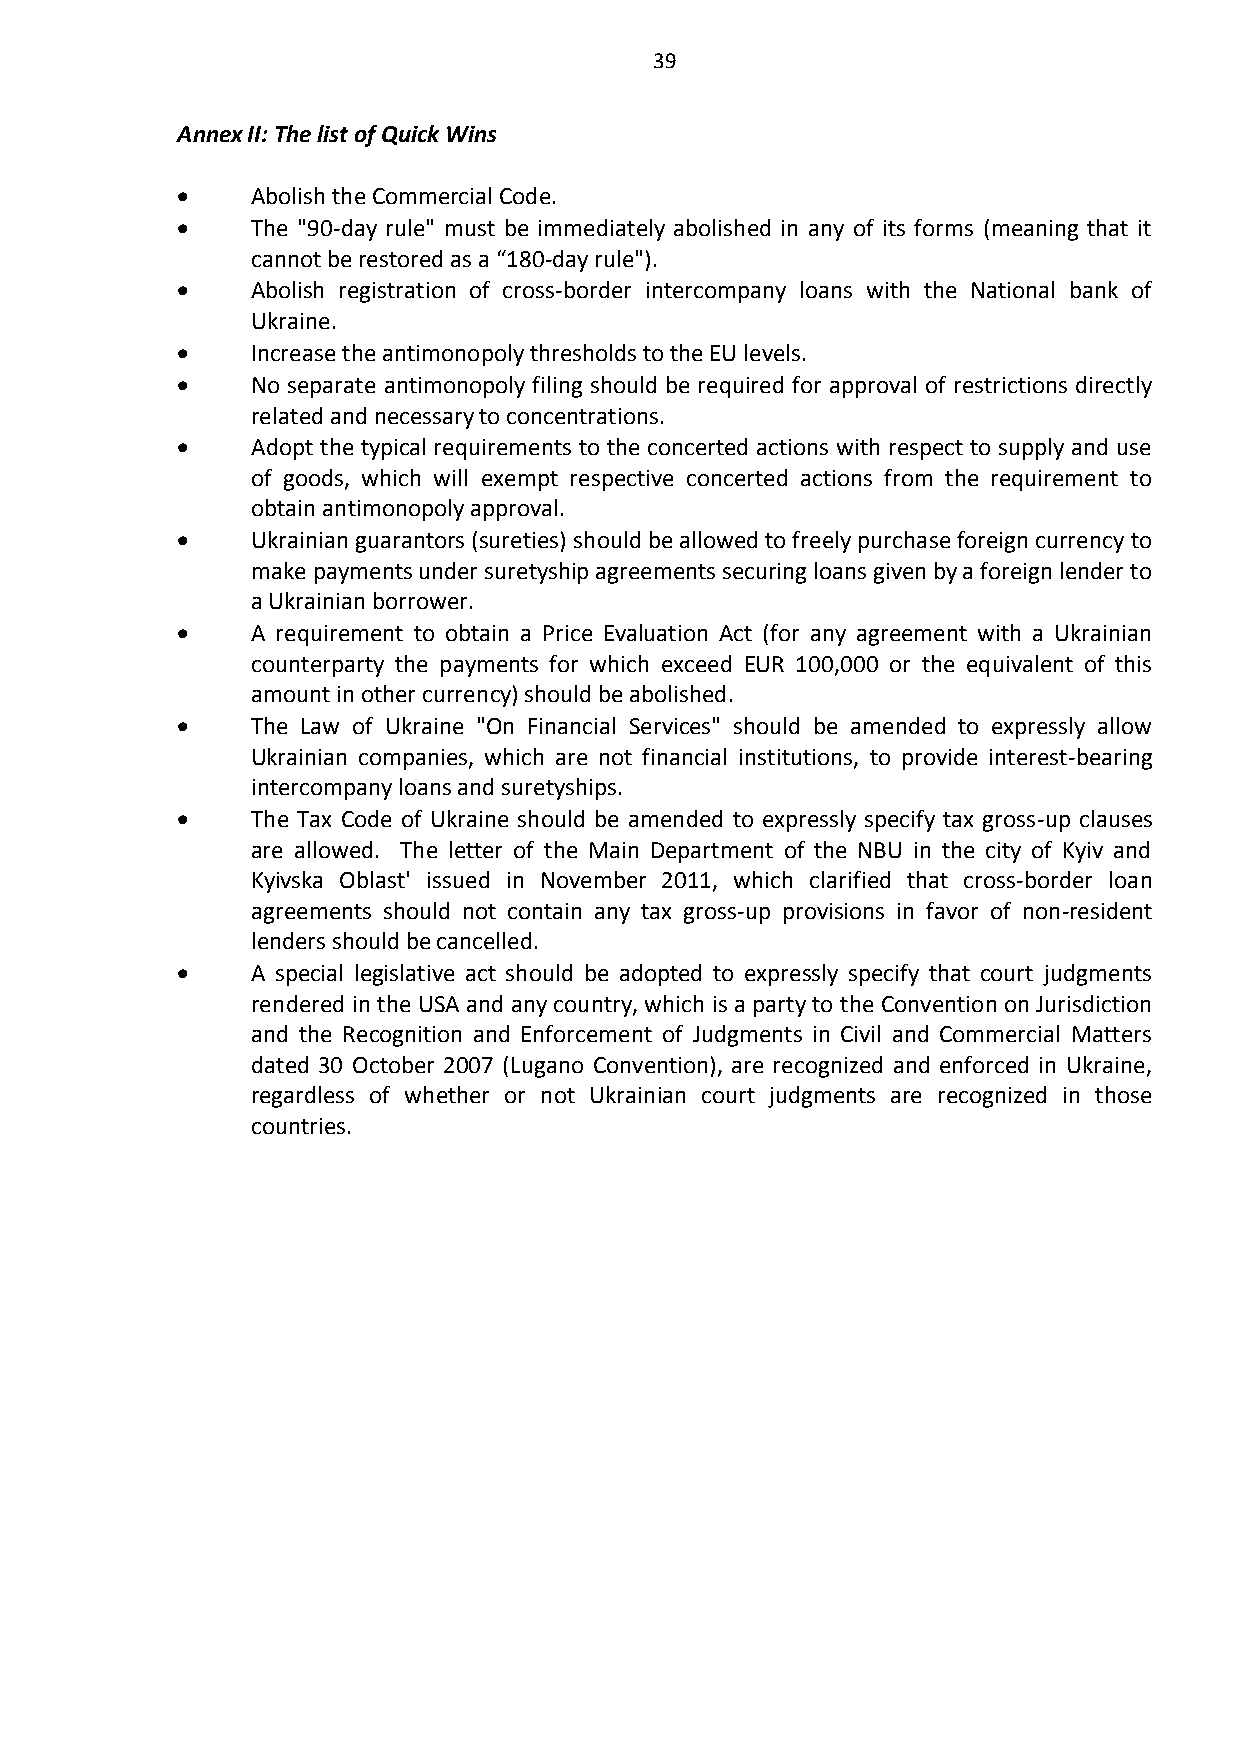
39
 Annex II: The list of Quick Wins
     Abolish the Commercial Code.
     The "90-day rule" must be immediately abolished in any of its forms (meaning that it
 cannot be restored as a “180-day rule").
     Abolish registration of cross-border intercompany loans with the National bank of
 Ukraine.
     Increase the antimonopoly thresholds to the EU levels.
     No separate antimonopoly filing should be required for approval of restrictions directly
 related and necessary to concentrations.
     Adopt the typical requirements to the concerted actions with respect to supply and use
 of goods, which will exempt respective concerted actions from the requirement to
 obtain antimonopoly approval.
     Ukrainian guarantors (sureties) should be allowed to freely purchase foreign currency to
 make payments under suretyship agreements securing loans given by a foreign lender to
 a Ukrainian borrower.
     A requirement to obtain a Price Evaluation Act (for any agreement with a Ukrainian
 counterparty the payments for which exceed EUR 100,000 or the equivalent of this
 amount in other currency) should be abolished.
     The Law of Ukraine "On Financial Services" should be amended to expressly allow
 Ukrainian companies, which are not financial institutions, to provide interest-bearing
 intercompany loans and suretyships.
     The Tax Code of Ukraine should be amended to expressly specify tax gross-up clauses
 are allowed. The letter of the Main Department of the NBU in the city of Kyiv and
 Kyivska Oblast' issued in November 2011, which clarified that cross-border loan
 agreements should not contain any tax gross-up provisions in favor of non-resident
 lenders should be cancelled.
     A special legislative act should be adopted to expressly specify that court judgments
 rendered in the USA and any country, which is a party to the Convention on Jurisdiction
 and the Recognition and Enforcement of Judgments in Civil and Commercial Matters
 dated 30 October 2007 (Lugano Convention), are recognized and enforced in Ukraine,
 regardless of whether or not Ukrainian court judgments are recognized in those
 countries.